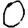
Digit: 0